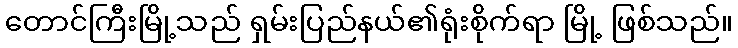
တောင်ကြီးမြို့သည် ရှမ်းပြည်နယ်၏ရုံးစိုက်ရာ မြို့ ဖြစ်သည်။